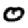
Digit: 0